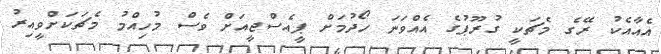
އެއާއެކު ރޭގެ މެޗަކީ ގުރޫޕުގެ އެއްވަނަ ހޯދުމަށް ޕީއެސްޖީއަށް ވެސް މުހިއްމު މެޗަކަށްވީއިރު